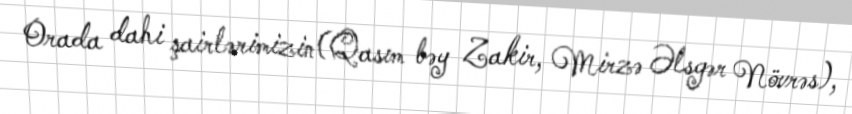
Orada dahi şairlərimizin(Qasım bəy Zakir, Mirzə Əlsgər Növrəs),